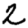
Digit: 2